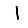
Digit: 1